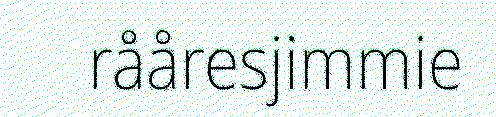
rååresjimmie